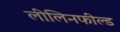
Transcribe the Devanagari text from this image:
लीलिनफील्ड